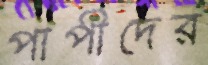
পাপীদের